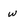
Character: w